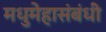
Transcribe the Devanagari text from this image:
मधुमेहासंबंधी